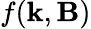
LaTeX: f(\textbf{k},\textbf{B})